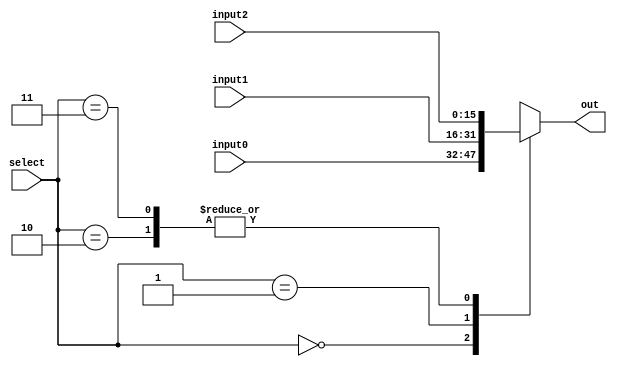
module mux3to1(input0,input1,input2,select,out);
	input[15:0] input0,input1,input2; 
	input [1:0] select;
	output reg [15:0] out;
	
	always @(*)
		begin
			case(select)
				2'b00: 	out = input0;
				2'b01:	out = input1;
				2'b10:	out = input2;
				2'b11:	out = input2; //there is one extra input since 2 bits,so by default I define it going to input2
			endcase
		end

endmodule